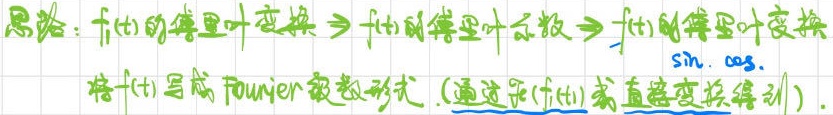
思路：$f(t)$的傅里叶变换$\to f(t)$的傅里叶系数$\to f(t)$的傅里叶变换
将$f(t)$写成Fourier级数形式（通过求$f(t)$或直接变换得到）.